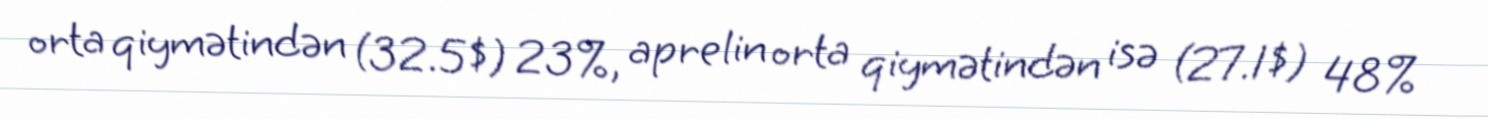
orta qiymətindən (32.5$) 23%, aprelin orta qiymətindən isə (27.1$) 48%